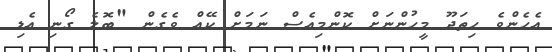
އެހެންވެ ހިތަދޫ މީހުންނަށް ކޮންމިއެސް ނަމަށް ކޭއް ވެގެން "ބޮލެ ގޯނި އެޑި